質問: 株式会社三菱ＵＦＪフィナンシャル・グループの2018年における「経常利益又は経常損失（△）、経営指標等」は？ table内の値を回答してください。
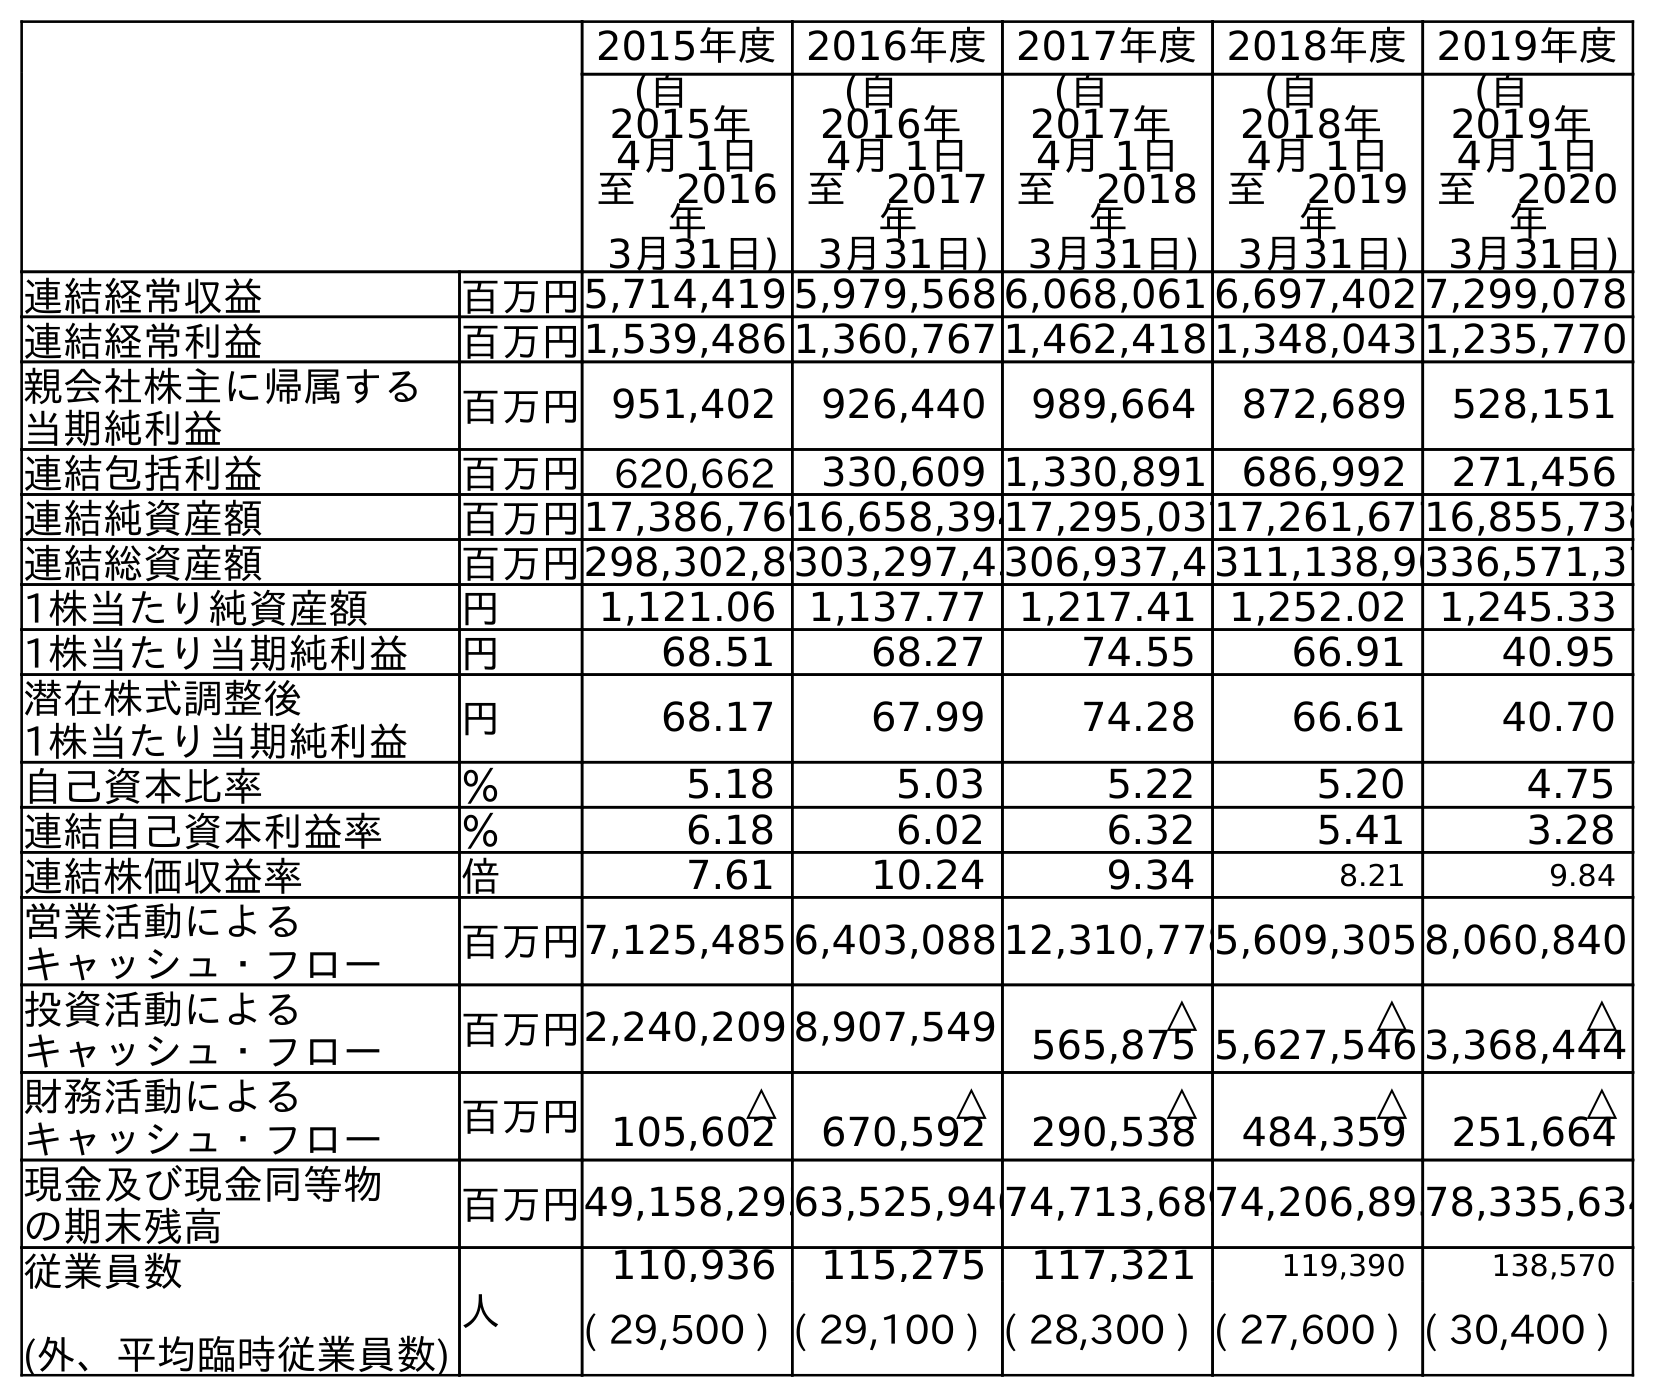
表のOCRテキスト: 2015年度2016年度2017年度2018年度2019年度 (自  2015年 4月 1日 至 2016 年 3月31日) (自  2016年 4月 1日 至 2017 年 3月31日) (自  2017年 4月 1日 至 2018 年 3月31日) (自  2018年 4月 1日 至 2019 年 3月31日) (自  2019年 4月 1日 至 2020 年 3月31日) 連結経常収益 百万円5,714,419 5,979,568 6,068,061 6,697,402 7,299,078 連結経常利益 百万円1,539,486 1,360,767 1,462,418 1,348,043 1,235,770 親会社株主に帰属する 当期純利益 百万円951,402 926,440 989,664 872,689 528,151 連結包括利益 百万円 620,662 330,609 1,330,891 686,992 271,456 連結純資産額 百万円17,386,76916,658,39417,295,03717,261,67716,855,738 連結総資産額 百万円298,302,89303,297,43306,937,4 311,138,90336,571,37 1株当たり純資産額 円 1,121.06 1,137.77 1,217.41 1,252.02 1,245.33 1株当たり当期純利益 円 68.51 68.27 74.55 66.91 40.95 潜在株式調整後 1株当たり当期純利益 円 68.17 67.99 74.28 66.61 40.70 自己資本比率 ％ 5.18 5.03 5.22 5.20 4.75 連結自己資本利益率 ％ 6.18 6.02 6.32 5.41 3.28 連結株価収益率 倍 7.61 10.24 9.34 8.21 9.84 営業活動による キャッシュ・フロー 百万円7,125,485 6,403,088 12,310,7785,609,305 8,060,840 投資活動による キャッシュ・フロー 百万円2,240,209 8,907,549 △ 565,875 △ 5,627,546 △ 3,368,444 財務活動による キャッシュ・フロー 百万円 △ 105,602 △ 670,592 △ 290,538 △ 484,359 △ 251,664 現金及び現金同等物 の期末残高 百万円49,158,29363,525,94074,713,68974,206,89578,335,634 従業員数 (外、平均臨時従業員数) 人 110,936 115,275 117,321 119,390 138,570 ( 29,500 ) ( 29,100 ) ( 28,300 ) ( 27,600 ) ( 30,400 )
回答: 1,462,418